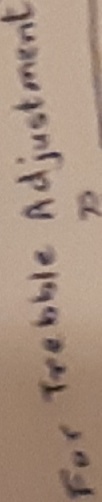
Text: for trebble adjustments